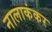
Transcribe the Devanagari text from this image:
नालाकंकर